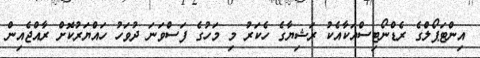
އިންޓަޕޯލްގެ ރެޑްނޯޓިސްއަކާއެކު ރަޝިޔާގެ ހެކަރު މި މަހުގެ ފަސްވަނަ ދުވަހު ހައްޔަރުކޮށް ރާއްޖެއިން